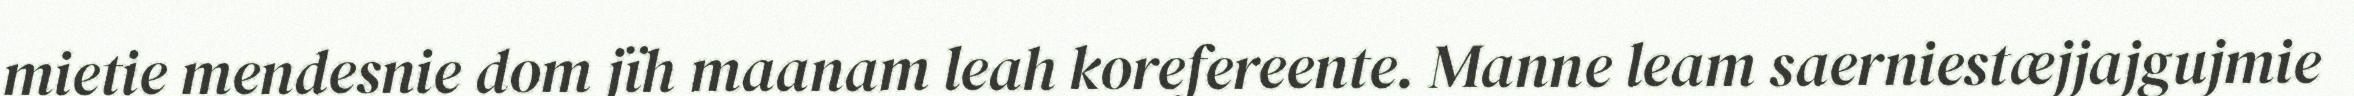
mietie mendesnie dom jïh maanam leah korefereente. Manne leam saerniestæjjajgujmie